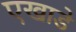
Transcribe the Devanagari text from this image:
एखाडे